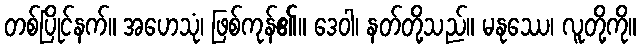
တစ်ပြိုင်နက်။ အဟေသုံ၊ ဖြစ်ကုန်၏။ ဒေဝါ၊ နတ်တို့သည်။ မနုဿေ၊ လူတို့ကို။